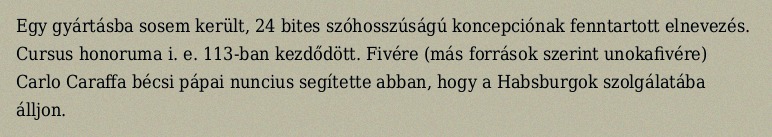
Egy gyártásba sosem került, 24 bites szóhosszúságú koncepciónak fenntartott elnevezés. Cursus honoruma i. e. 113-ban kezdődött. Fivére (más források szerint unokafivére) Carlo Caraffa bécsi pápai nuncius segítette abban, hogy a Habsburgok szolgálatába álljon.